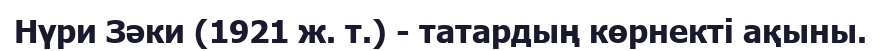
Нүри Зәки (1921 ж. т.) - татардың көрнекті ақыны.